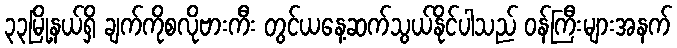
၃၃မြို့နယ်ရှိ ချက်ကိုစလိုဗားကီး တွင်ယနေ့ဆက်သွယ်နိုင်ပါသည် ဝန်ကြီးများအနက်